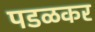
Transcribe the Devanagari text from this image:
पडळकर